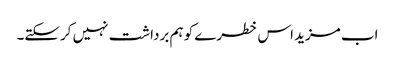
اب مزید اس خطرے کو ہم برداشت نہیں کرسکتے۔